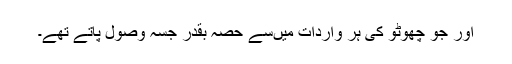
اور جو چھوٹو کی ہر واردات میںسے حصہ بقدر جسہ وصول پاتے تھے۔